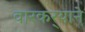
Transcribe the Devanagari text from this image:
वारकर्‍याने